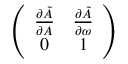
\left( \begin{array} { c c } { { \frac { \partial \tilde { A } } { \partial A } } } & { { \frac { \partial \tilde { A } } { \partial \omega } } } \\ { { 0 } } & { { 1 } } \end{array} \right)